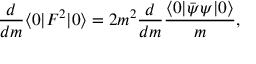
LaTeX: \frac { d } { d m } \langle 0 | F ^ { 2 } | 0 \rangle = 2 m ^ { 2 } \frac { d } { d m } \frac { \langle 0 | \bar { \psi } \psi | 0 \rangle } { m } ,